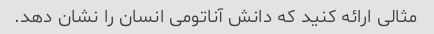
مثالی ارائه کنید که دانش آناتومی انسان را نشان دهد.